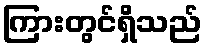
ကြားတွင်ရှိသည်